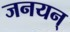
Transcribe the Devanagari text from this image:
जनयन्